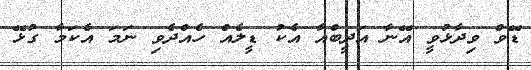
ޑޭވް ވިދާޅުވީ އޭނާ އަދީބްއާ އެކު ޑީލެއް ހެއްދެވި ނަމަ އެކަމާ ގުޅޭ